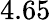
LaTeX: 4.65